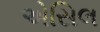
એસિલ